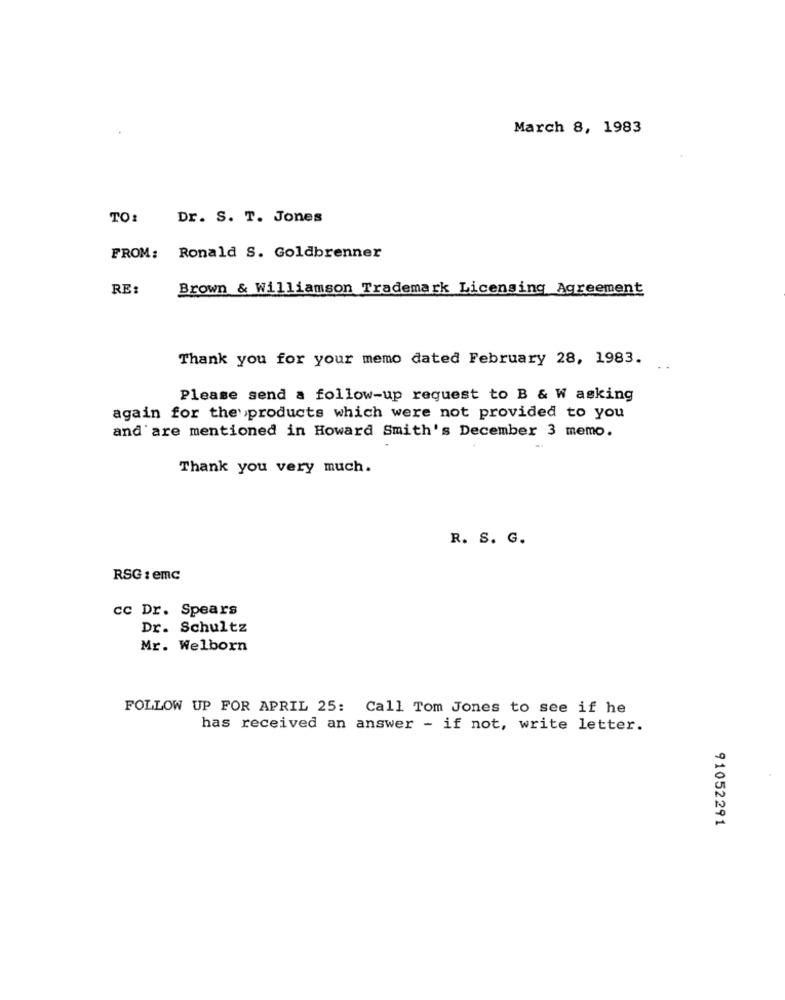
March 8, 1983
TO:
Dr. S. T. Jones
FROM: Ronald S. Goldbrenner
RE:
Brown & Williamson Trademark Licensing Agreement
Thank you for your memo dated February 28, 1983.
Please send a follow-up request to B & W asking
again for the products which were not provided to you
and are mentioned in Howard Smith's December 3 memo.
Thank you very much.
R. S. G.
RSG : emc
cc Dr. Spears
Dr. Schultz
Mr. Welborn
FOLLOW UP FOR APRIL 25: Call Tom Jones to see if he
has received an answer - if not, write letter.
91052291